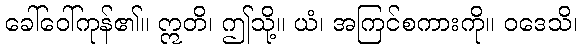
ခေါ်ဝေါ်ကုန်၏။ ဣတိ၊ ဤသို့။ ယံ၊ အကြင်စကားကို။ ဝဒေသိ၊